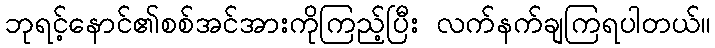
ဘုရင့်နောင်၏စစ်အင်အားကိုကြည့်ပြီး လက်နက်ချကြရပါတယ်။